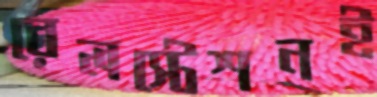
রেলস্টেশনই